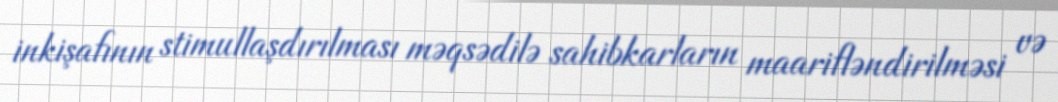
inkişafının stimullaşdırılması məqsədilə sahibkarların maarifləndirilməsi və